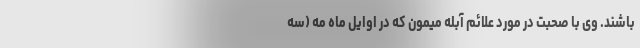
باشند. وی با صحبت در مورد علائم آبله میمون که در اوایل ماه مه (سه